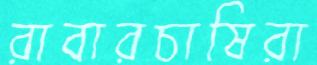
রাবারচাষিরা